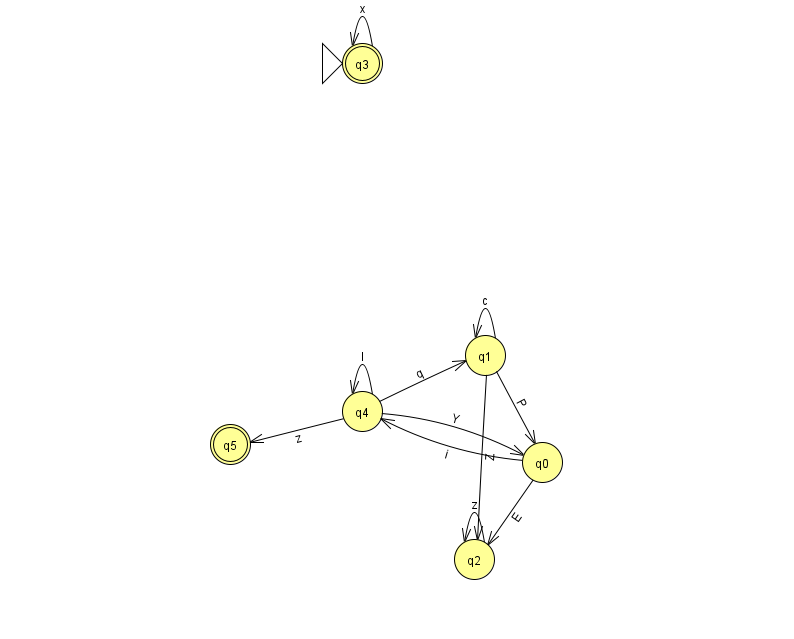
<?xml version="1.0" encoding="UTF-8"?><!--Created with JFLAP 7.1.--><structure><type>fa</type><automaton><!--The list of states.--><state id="0" name="q0"><x>542.0</x><y>449.0</y></state><state id="1" name="q1"><x>485.0</x><y>342.0</y></state><state id="2" name="q2"><x>474.0</x><y>546.0</y></state><state id="3" name="q3"><x>362.0</x><y>50.0</y><initial/><final/></state><state id="4" name="q4"><x>362.0</x><y>398.0</y></state><state id="5" name="q5"><x>230.0</x><y>431.0</y><final/></state><!--The list of transitions.--><transition><from>4</from><to>5</to><read>z</read></transition><transition><from>1</from><to>1</to><read>c</read></transition><transition><from>4</from><to>1</to><read>q</read></transition><transition><from>1</from><to>2</to><read>Z</read></transition><transition><from>1</from><to>0</to><read>P</read></transition><transition><from>3</from><to>3</to><read>x</read></transition><transition><from>2</from><to>2</to><read>z</read></transition><transition><from>0</from><to>4</to><read>i</read></transition><transition><from>4</from><to>0</to><read>Y</read></transition><transition><from>4</from><to>4</to><read>l</read></transition><transition><from>0</from><to>2</to><read>E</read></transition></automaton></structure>